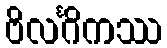
ဗိလင်္ဂိကဿ